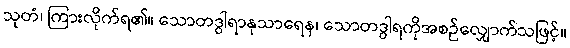
သုတံ၊ ကြားလိုက်ရ၏။ သောတဒွါရာနုသာရေန၊ သောတဒွါရကိုအစဉ်လျှောက်သဖြင့်။